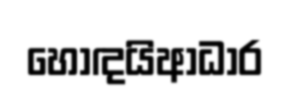
හොඳයිආධාර